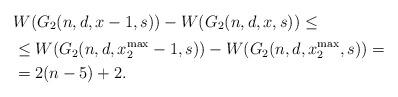
LaTeX: \begin{align*}& W(G_{2}(n,d,x-1,s))-W(G_{2}(n,d,x,s))\overset{}{\leq}\\& \overset{}{\leq}W(G_{2}(n,d,x_{2}^{\max}-1,s))-W(G_{2}(n,d,x_{2}^{\max},s))\overset{}{=}\\& \overset{}{=}2(n-5)+2.\end{align*}